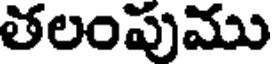
తలంపుము